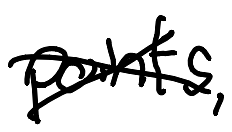
Text: points,
Cross-out: cross
Writing tool: digital_black